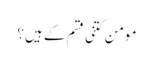
مومن کتنی قسم کے ہیں؟